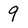
Character: 9